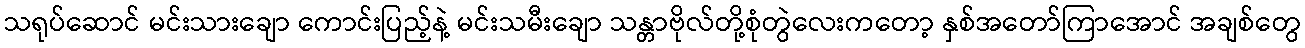
သရုပ်ဆောင် မင်းသားချော ကောင်းပြည့်နဲ့ မင်းသမီးချော သန္တာဗိုလ်တို့စုံတွဲလေးကတော့ နှစ်အတော်ကြာအောင် အချစ်တွေ